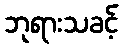
ဘုရားသခင့်